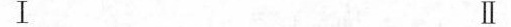
Ⅰ Ⅱ